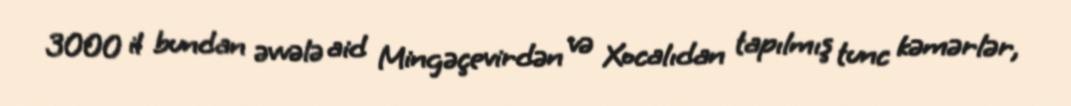
3000 il bundan əvvələ aid Mingəçevirdən və Xocalıdan tapılmış tunc kəmərlər,